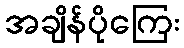
အချိန်ပိုကြေး